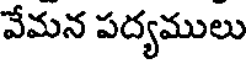
వేమన పద్యములు